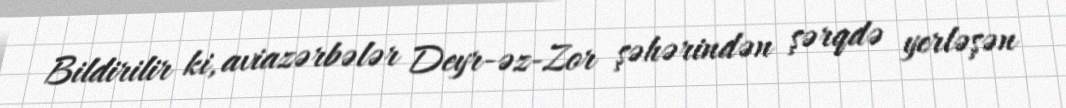
Bildirilir ki, aviazərbələr Deyr-əz-Zor şəhərindən şərqdə yerləşən